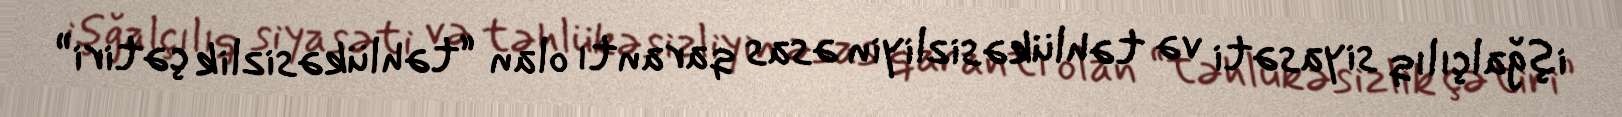
işğalçılıq siyasəti və təhlükəsizliyin əsas qarantı olan “təhlükəsizlik çətiri”